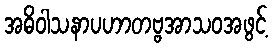
အဓိဝါသနာပဟာတဗ္ဗအာသဝအဖွင့်